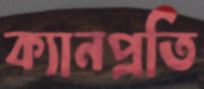
ক্যানপ্রতি